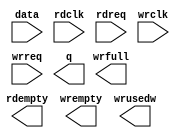
module fifo_174x128 (
	data,
	rdclk,
	rdreq,
	wrclk,
	wrreq,
	q,
	rdempty,
	wrempty,
	wrfull,
	wrusedw);

	input	[173:0]  data;
	input	  rdclk;
	input	  rdreq;
	input	  wrclk;
	input	  wrreq;
	output	[173:0]  q;
	output	  rdempty;
	output	  wrempty;
	output	  wrfull;
	output	[6:0]  wrusedw;

endmodule